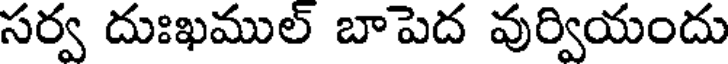
సర్వ దుఃఖముల్ బాపెద వుర్వియందు